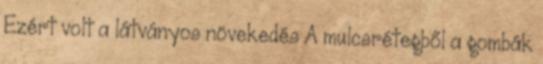
Ezért volt a látványos növekedés A mulcsrétegből a gombák